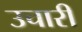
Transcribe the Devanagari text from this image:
उचारी